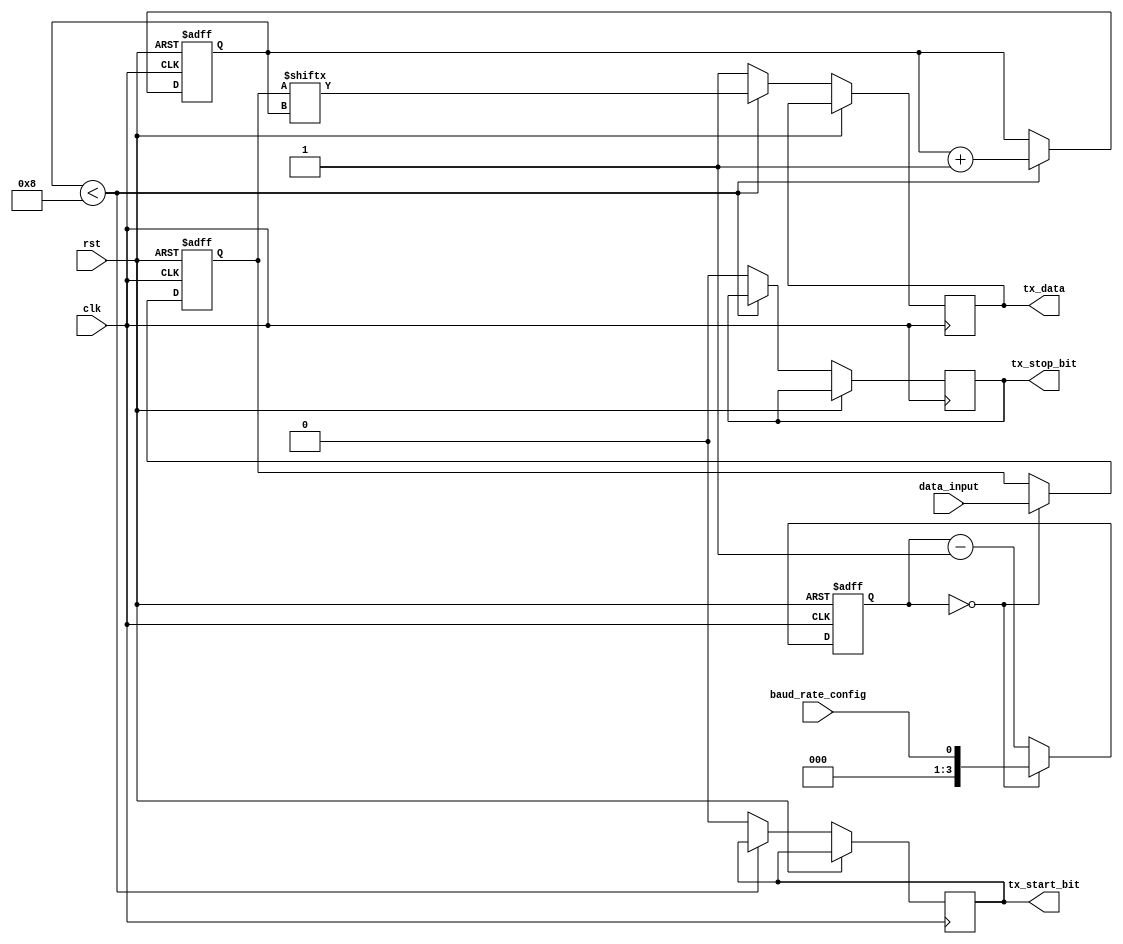
module UART_transmitter(
    input wire clk,
    input wire rst,
    input wire [7:0] data_input,
    input wire baud_rate_config,
    output reg tx_data,
    output reg tx_start_bit,
    output reg tx_stop_bit
);

reg [7:0] data_buffer;
reg [3:0] baud_count;
reg [2:0] bit_count;
reg start_bit_sent;
reg stop_bit_sent;

always @(posedge clk or posedge rst) begin
    if (rst) begin
        data_buffer <= 8'd0;
        baud_count <= 4'd0;
        bit_count <= 3'd0;
        start_bit_sent <= 1'd0;
        stop_bit_sent <= 1'd0;
    end else begin
        if (baud_count == 0) begin
            data_buffer <= data_input;
            baud_count <= baud_rate_config;
        end else begin
            baud_count <= baud_count - 1;
        end
        
        if (bit_count < 8) begin
            tx_data <= data_buffer[bit_count];
            bit_count <= bit_count + 1;
        end else if (bit_count == 8 && start_bit_sent == 0) begin
            tx_start_bit <= 1'd1;
            start_bit_sent <= 1'd1;
            bit_count <= bit_count + 1;
        end else if (bit_count == 9 && stop_bit_sent == 0) begin
            tx_stop_bit <= 1'd1;
            stop_bit_sent <= 1'd1;
            bit_count <= 3'd0;
        end else begin
            tx_data <= 1'd1;
            tx_start_bit <= 1'd0;
            tx_stop_bit <= 1'd0;
        end
    end
end

endmodule